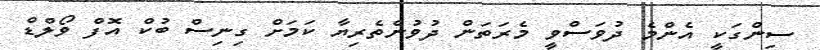
ސިންގަކީ އެންމެ ދުވަސްވީ މެރަތަން ދުވުންތެރިޔާ ކަމަށް ގިނިސް ބުކް އޮފް ވޯލްޑް